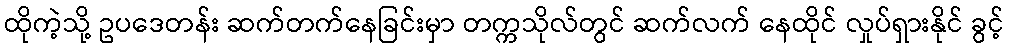
ထိုကဲ့သို့ ဥပဒေတန်း ဆက်တက်နေခြင်းမှာ တက္ကသိုလ်တွင် ဆက်လက် နေထိုင် လှုပ်ရှားနိုင် ခွင့်